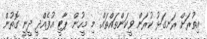
އިތުރަށް ރަނގަޅު ކުރަން ވީކަންތައްތައް. މި މީހުން ޕާޓީ އުފެއްދީ ދީނީ ގޮތުން